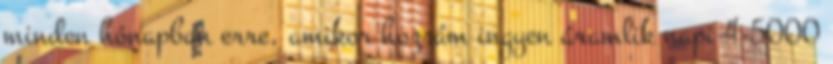
minden hónapban erre, amikor hozzám ingyen áramlik napi 4-5000